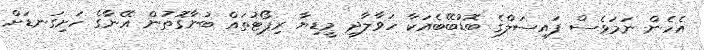
އެހެން ނަމަވެސް ފައިސަލްގެ ބޮޑުބޭބެއަކާ ހަވާލާދީ މީޑިޔާ ރިޕޯޓުތައް ބުނާގޮތުން އޭނާގެ ހަށިގަނޑަށް